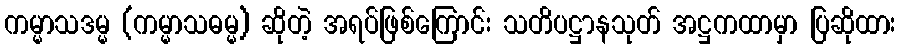
ကမ္မာသဒမ္မ (ကမ္မာသဓမ္မ) ဆိုတဲ့ အရပ်ဖြစ်ကြောင်း သတိပဋ္ဌာနသုတ် အဋ္ဌကထာမှာ ပြဆိုထား